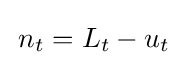
\,n_{t}=L_{t}-u_{t}